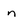
Character: n